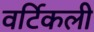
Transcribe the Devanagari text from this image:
वर्टिकली